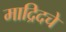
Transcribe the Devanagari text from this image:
माद्रिदचे